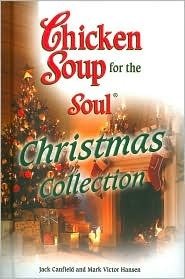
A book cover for Chicken Soup for the Soul Christmas Collection 2006; Jack Canfield; Politics & Social Sciences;